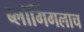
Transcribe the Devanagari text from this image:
ब्लॉगिंगलाच